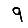
Digit: 9